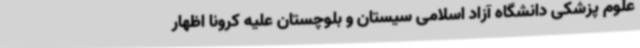
علوم پزشکی دانشگاه آزاد اسلامی سیستان و بلوچستان علیه کرونا اظهار